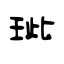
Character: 玼